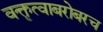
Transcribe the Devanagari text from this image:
वक्तृत्वाबरोबरच